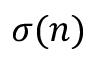
\sigma ( n )